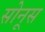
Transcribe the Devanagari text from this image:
सोनूस